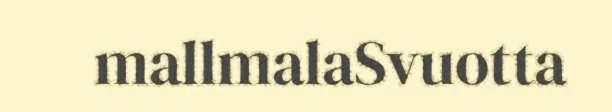
mallmalaSvuotta